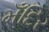
મઁદિર